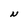
Character: N